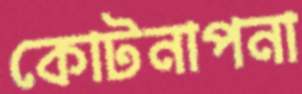
কোটনাপনা